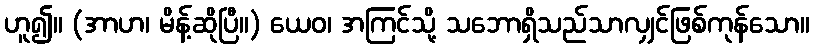
ဟူ၍။ (အာဟ၊ မိန့်ဆိုပြီ။) ယေဝ၊ အကြင်သို့ သဘောရှိသည်သာလျှင်ဖြစ်ကုန်သော။